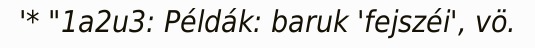
'* "1a2u3: Példák: baruk 'fejszéi', vö.